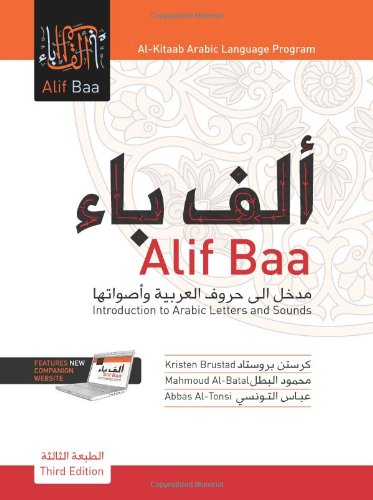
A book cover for Alif Baa: Introduction to Arabic Letters and Sounds [With DVD]; Kristen Brustad; Reference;